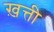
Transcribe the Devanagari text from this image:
ख़त्ती